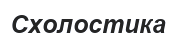
Схолостика